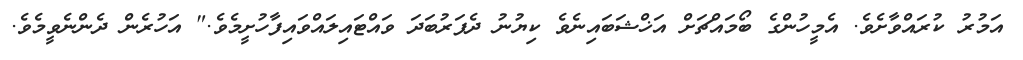
އަމުރު ކުރައްވާށެވެ. އެމީހުންގެ ބޯމައްޗަށް އަޚްޝަބައިނެވެ ކިޔުނު ދެފަރުބަދަ ވައްޓައިލައްވައިފާހުށީމެވެ." އަހުރެން ދެންނެވީމެވެ.